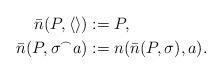
LaTeX: \begin{align*} \bar n(P,\langle\rangle)&:=P,\\ \bar n(P,\sigma^\frown a)&:=n(\bar n(P,\sigma),a).\end{align*}